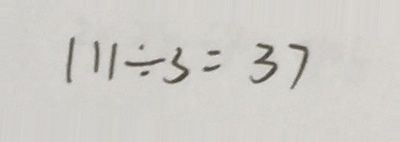
1 1 1 \div 3 = 3 7